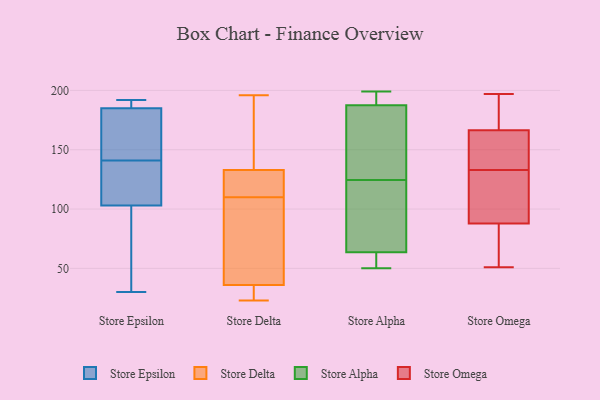
{"axis": {"x": "Inventory Turnover", "y": "Value"}, "legend": ["Store Alpha", "Store Delta", "Store Epsilon", "Store Omega"], "data": [{"x": "", "y": 185, "type": "Store Epsilon"}, {"x": "", "y": 103, "type": "Store Epsilon"}, {"x": "", "y": 90, "type": "Store Epsilon"}, {"x": "", "y": 192, "type": "Store Epsilon"}, {"x": "", "y": 186, "type": "Store Epsilon"}, {"x": "", "y": 141, "type": "Store Epsilon"}, {"x": "", "y": 141, "type": "Store Epsilon"}, {"x": "", "y": 168, "type": "Store Epsilon"}, {"x": "", "y": 30, "type": "Store Epsilon"}, {"x": "", "y": 114, "type": "Store Epsilon"}, {"x": "", "y": 96, "type": "Store Delta"}, {"x": "", "y": 23, "type": "Store Delta"}, {"x": "", "y": 36, "type": "Store Delta"}, {"x": "", "y": 133, "type": "Store Delta"}, {"x": "", "y": 90, "type": "Store Delta"}, {"x": "", "y": 124, "type": "Store Delta"}, {"x": "", "y": 26, "type": "Store Delta"}, {"x": "", "y": 196, "type": "Store Delta"}, {"x": "", "y": 124, "type": "Store Delta"}, {"x": "", "y": 136, "type": "Store Delta"}, {"x": "", "y": 70, "type": "Store Alpha"}, {"x": "", "y": 132, "type": "Store Alpha"}, {"x": "", "y": 57, "type": "Store Alpha"}, {"x": "", "y": 105, "type": "Store Alpha"}, {"x": "", "y": 140, "type": "Store Alpha"}, {"x": "", "y": 185, "type": "Store Alpha"}, {"x": "", "y": 56, "type": "Store Alpha"}, {"x": "", "y": 117, "type": "Store Alpha"}, {"x": "", "y": 94, "type": "Store Alpha"}, {"x": "", "y": 194, "type": "Store Alpha"}, {"x": "", "y": 199, "type": "Store Alpha"}, {"x": "", "y": 190, "type": "Store Alpha"}, {"x": "", "y": 132, "type": "Store Alpha"}, {"x": "", "y": 50, "type": "Store Alpha"}, {"x": "", "y": 197, "type": "Store Alpha"}, {"x": "", "y": 51, "type": "Store Alpha"}, {"x": "", "y": 160, "type": "Store Omega"}, {"x": "", "y": 127, "type": "Store Omega"}, {"x": "", "y": 133, "type": "Store Omega"}, {"x": "", "y": 193, "type": "Store Omega"}, {"x": "", "y": 183, "type": "Store Omega"}, {"x": "", "y": 161, "type": "Store Omega"}, {"x": "", "y": 88, "type": "Store Omega"}, {"x": "", "y": 64, "type": "Store Omega"}, {"x": "", "y": 51, "type": "Store Omega"}, {"x": "", "y": 110, "type": "Store Omega"}, {"x": "", "y": 87, "type": "Store Omega"}, {"x": "", "y": 197, "type": "Store Omega"}, {"x": "", "y": 150, "type": "Store Omega"}]}